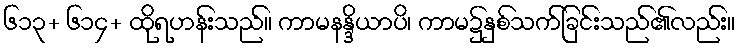
၆၁၃+ ၆၁၄+ ထိုရဟန်းသည်။ ကာမနန္ဒိယာပိ၊ ကာမ၌နှစ်သက်ခြင်းသည်၏လည်း။